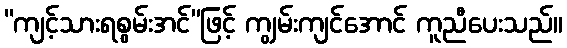
“ကျင့်သားရစွမ်းအင်”ဖြင့် ကျွမ်းကျင်အောင် ကူညီပေးသည်။